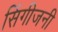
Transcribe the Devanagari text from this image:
सिंगीजनी